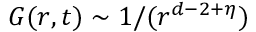
G ( r , t ) \sim 1 / ( r ^ { d - 2 + \eta } )